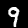
Label: 9